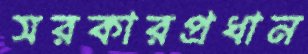
সরকারপ্রধান